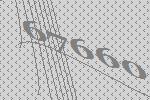
67660